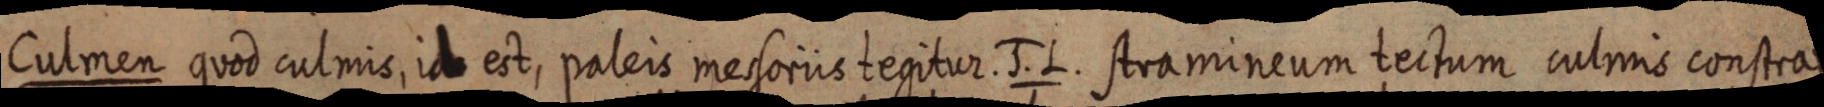
Culmen quod culmis, id est, paleis messoriis tegitur. J. L. stramineum tectum culmis constratum.